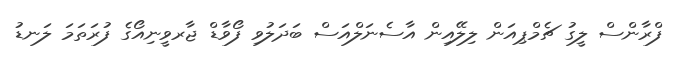
ފްރާންސް ލީގު ޗެމްޕިއަން ލިލޭއިން އާސެނަލްއަސް ބަދަލުވި ފޯވާޑް ޖާރވީނިއޯގެ ފުރަތަމަ ލަނޑު